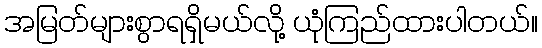
အမြတ်များစွာရရှိမယ်လို့ ယုံကြည်ထားပါတယ်။